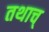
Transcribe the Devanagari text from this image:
तथाच्